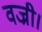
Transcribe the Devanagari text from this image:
वज्री।